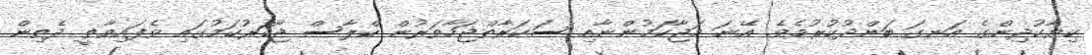
ކިޔާކުދިންގެ އަނގަ ބަންދުކުރުމެވެ. އޭނަ މަޖާކަމުންނާއި ސަކަރާތްޖަހާވަރުން ކްލާސް ޖޯކަރުކަމުގައި ވެފައިވާތީ ދެތިން